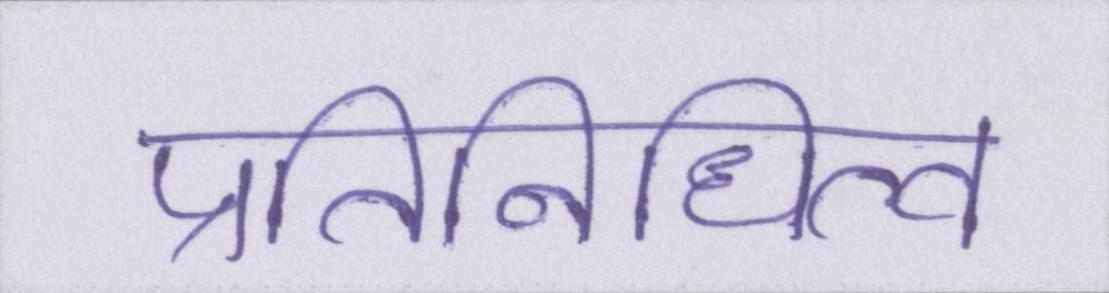
प्रतिनिधित्व